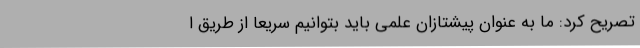
تصریح کرد: ما به عنوان پیشتازان علمی باید بتوانیم سریعا از طریق ا